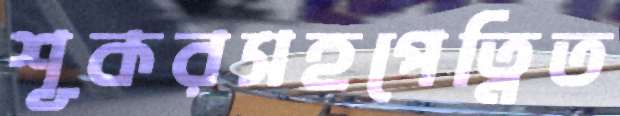
শূকরসহপেত্নিত